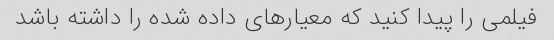
فیلمی را پیدا کنید که معیارهای داده شده را داشته باشد